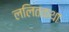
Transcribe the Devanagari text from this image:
ललितकथा